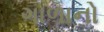
ગાળાનો